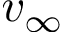
v _ { \infty }